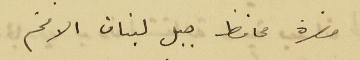
حضرة محافظ جبل لبنان الافخم